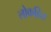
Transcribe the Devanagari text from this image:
लोकहित